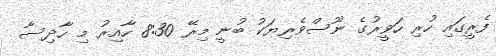
ފެރީގައި ހުރި ހަވީރުގެ ނޫސްވެރިޔަކު ބުނީ މިރޭ 8:30 ހާއިރު މި ހާދިސާ